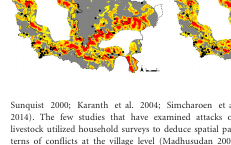
<table><thead><tr><td><b>Spatial grain (m)</b></td><td><b>Predictor variable</b></td><td><b><i>W</i></b></td><td><b><i>P</i></b></td></tr></thead><tbody><tr><td rowspan="3">20</td><td>Visibility</td><td>40571.0</td><td>1.8E-09</td></tr><tr><td>Shrub cover</td><td>19463.5</td><td>1.9E-10</td></tr><tr><td>Shrub height</td><td>17430.0</td><td>1.7E-14</td></tr><tr><td rowspan="4">100</td><td>Visibility</td><td>40571.0</td><td>1.8E-09</td></tr><tr><td>Shrub cover</td><td>19008.0</td><td>3.9E-11</td></tr><tr><td>Shrub height</td><td>17008.5</td><td>6.9E-15</td></tr><tr><td>Shrub patchiness</td><td>18266.0</td><td>1.7E-12</td></tr><tr><td rowspan="4">200</td><td>Visibility</td><td>40571.0</td><td>1.8E-09</td></tr><tr><td>Shrub cover</td><td>18778.5</td><td>1.6E-11</td></tr><tr><td>Shrub height</td><td>16952.0</td><td>5.3E-15</td></tr><tr><td>Shrub patchiness</td><td>18610.5</td><td>7.8E-12</td></tr></tbody></table>